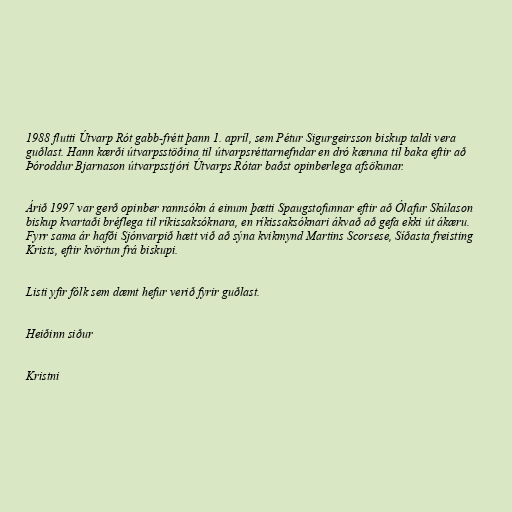
1988 flutti Útvarp Rót gabb-frétt þann 1. apríl, sem Pétur Sigurgeirsson biskup taldi vera
guðlast. Hann kærði útvarpsstöðina til útvarpsréttarnefndar en dró kæruna til baka eftir að
Þóroddur Bjarnason útvarpsstjóri Útvarps Rótar baðst opinberlega afsökunar.

Árið 1997 var gerð opinber rannsókn á einum þætti Spaugstofunnar eftir að Ólafur Skúlason
biskup kvartaði bréflega til ríkissaksóknara, en ríkissaksóknari ákvað að gefa ekki út ákæru.
Fyrr sama ár hafði Sjónvarpið hætt við að sýna kvikmynd Martins Scorsese, Síðasta freisting
Krists, eftir kvörtun frá biskupi.

Listi yfir fólk sem dæmt hefur verið fyrir guðlast.

Heiðinn siður

Kristni